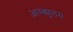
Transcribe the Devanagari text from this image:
आस्क्युलम